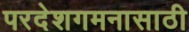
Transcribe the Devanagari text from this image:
परदेशगमनासाठी